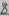
Text: 8